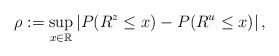
LaTeX: \begin{align*} \rho:=\sup_{x \in \mathbb{R}}\left|P(R^z \leq x)-P(R^u \leq x)\right|,\end{align*}